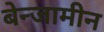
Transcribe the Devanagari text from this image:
बेन्जामीन